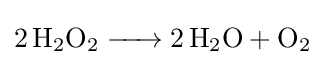
{\ce {2 H2O2 -> 2 H2O + O2}}